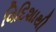
વિદિશાથી